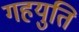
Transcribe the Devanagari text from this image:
गहयुति